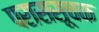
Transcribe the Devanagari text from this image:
पराससूचक